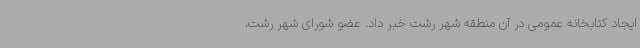
ایجاد کتابخانه عمومی در آن منطقه شهر رشت خبر داد. عضو شورای شهر رشت،